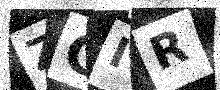
Text: ZCIR